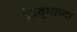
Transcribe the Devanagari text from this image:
यंत्रयुधाच्या